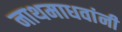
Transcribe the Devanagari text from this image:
नाथमाधवांनी